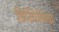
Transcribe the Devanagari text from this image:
डिस्पिनिया